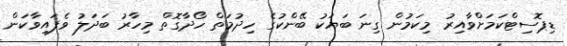
ޑިޕޮސިޓްކަމަށްވާއިރު މިކަމުން ގިނަ ބަޔަކު ބޭންކުގެ ހިދުމަތް ހޯދާގޮތް މިހާރު ބަދަލު ވެފައިވާކަން